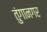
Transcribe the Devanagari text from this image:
तुंगानगर